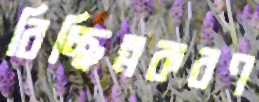
বিচ্ছিন্নকরণ